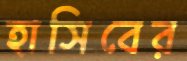
হাসিবের